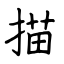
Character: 描